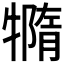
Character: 𤛩